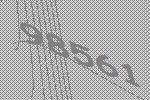
98561